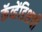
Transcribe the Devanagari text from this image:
कॅव्हेंडिशची